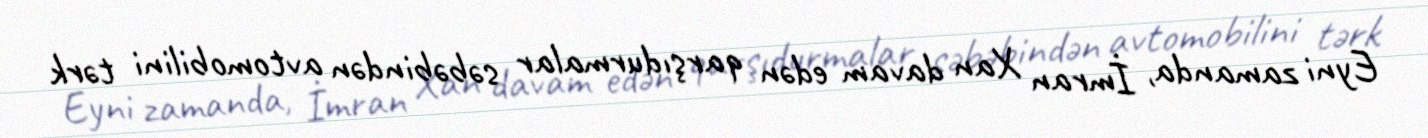
Eyni zamanda, İmran Xan davam edən qarşıdurmalar səbəbindən avtomobilini tərk